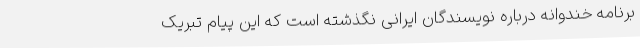
برنامه خندوانه درباره نویسندگان ایرانی نگذشته است که این پیام تبریک